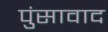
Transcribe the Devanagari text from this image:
पुंसावाद